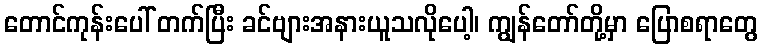
တောင်ကုန်းပေါ် တက်ပြီး ခင်ဗျားအနားယူသလိုပေါ့၊ ကျွန်တော်တို့မှာ ပြောစရာတွေ